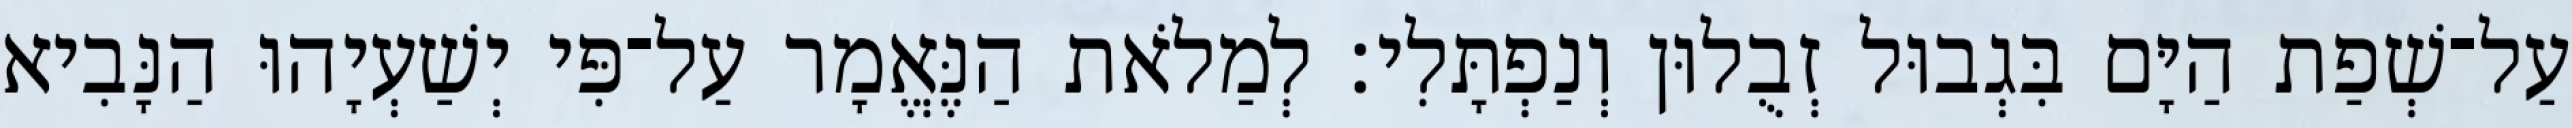
עַל־שְׁפַת הַיָּם בִּגְבוּל זְבֻלוּן וְנַפְתָּלִי׃ לְמַלֹאת הַנֶּאֱמָר עַל־פִּי יְשַׁעְיָהוּ הַנָּבִיא